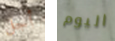
أجل اليوم